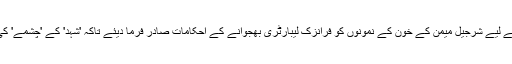
انہوں نے اپنی تشفی کے لیے شرجیل میمن کے خون کے نمونوں کو فرانزک لیبارٹری بھجوانے کے احکامات صادر فرما دیئے تاکہ 'شہد' کے 'چشمے' کی تہہ تک پہنچا جائے۔